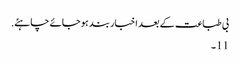
بی طباعت کے بعد اخبار بند ہو جائے چاہئے.
11 ۔